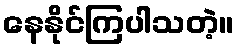
နေနိုင်ကြပါသတဲ့။